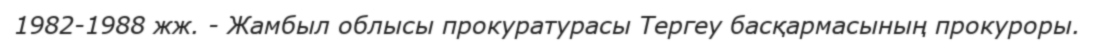
1982-1988 жж. - Жамбыл облысы прокуратурасы Тергеу басқармасының прокуроры.